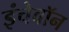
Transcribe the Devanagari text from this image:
इंचेवॉन